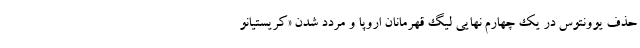
حذف یوونتوس در یک چهارم نهایی لیگ قهرمانان اروپا و مردد شدن «کریستیانو